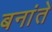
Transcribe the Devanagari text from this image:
बनांते